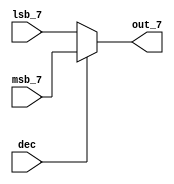
`timescale 1ns / 1ps
/////////////////////////////////////////////////////////////////
// Module Name:    mux 
// Project Name:   pipeline
// Additional Comments: Demultiplexor, devuelve msb_7 si dec es 1
//			o lsb_7 si dec es 0
//
/////////////////////////////////////////////////////////////////
module mux #(parameter nbits = 7)(
    input [nbits-1:0] msb_7,
    input [nbits-1:0] lsb_7,
    output reg [nbits-1:0] out_7,
    input dec
    );
    always@(*)
        if (dec == 0)
	begin
	    out_7 = lsb_7;
	end
	else
	begin
	    out_7 = msb_7;
	end
endmodule